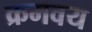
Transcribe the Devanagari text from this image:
क्रमवय